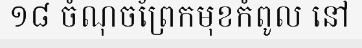
១៨ ចំណុចព្រែកមុខកំពូល នៅ